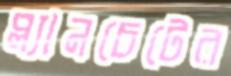
প্ল্যানচেটের